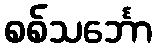
စစ်သင်္ဘော